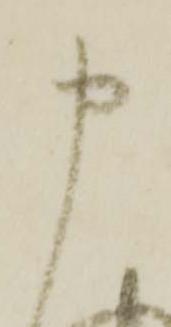
申